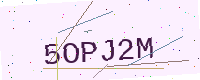
Text: 5OPJ2M